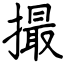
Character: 撮